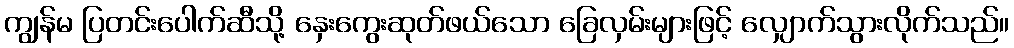
ကျွန်မ ပြတင်းပေါက်ဆီသို့ နှေးကွေးဆုတ်ဖယ်သော ခြေလှမ်းများဖြင့် လျှောက်သွားလိုက်သည်။